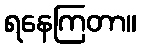
ရနေကြတာ။